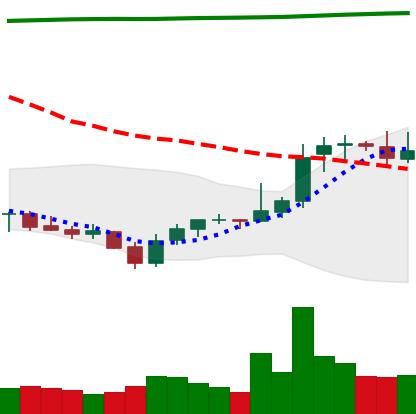
Ticker: XRP-USD
Chart end date: 2021-08-02
Forward return: 10.425%
Label: up_7plus